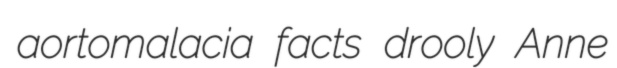
aortomalacia facts drooly Anne